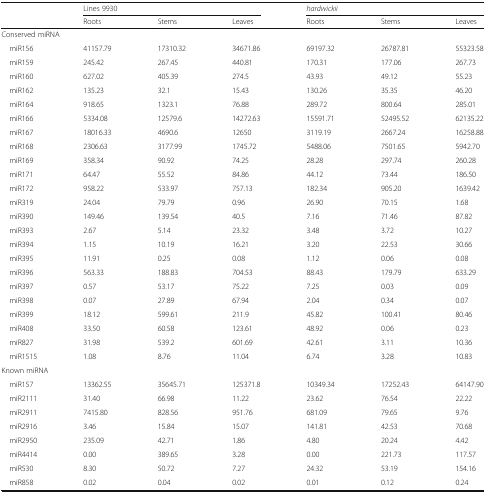
<table><thead><tr><td rowspan="2"></td><td colspan="3"><b>Lines 9930</b></td><td colspan="3"><b><i>hardwickii</i></b></td></tr><tr><td><b>Roots</b></td><td><b>Stems</b></td><td><b>Leaves</b></td><td><b>Roots</b></td><td><b>Stems</b></td><td><b>Leaves</b></td></tr></thead><tbody><tr><td colspan="7">Conserved miRNA</td></tr><tr><td> miR156</td><td>41157.79</td><td>17310.32</td><td>34671.86</td><td>69197.32</td><td>26787.81</td><td>55323.58</td></tr><tr><td> miR159</td><td>245.42</td><td>267.45</td><td>440.81</td><td>170.31</td><td>177.06</td><td>267.73</td></tr><tr><td> miR160</td><td>627.02</td><td>405.39</td><td>274.5</td><td>43.93</td><td>49.12</td><td>55.23</td></tr><tr><td> miR162</td><td>135.23</td><td>32.1</td><td>15.43</td><td>130.26</td><td>35.35</td><td>46.20</td></tr><tr><td> miR164</td><td>918.65</td><td>1323.1</td><td>76.88</td><td>289.72</td><td>800.64</td><td>285.01</td></tr><tr><td> miR166</td><td>5334.08</td><td>12579.6</td><td>14272.63</td><td>15591.71</td><td>52495.52</td><td>62135.22</td></tr><tr><td> miR167</td><td>18016.33</td><td>4690.6</td><td>12650</td><td>3119.19</td><td>2667.24</td><td>16258.88</td></tr><tr><td> miR168</td><td>2306.63</td><td>3177.99</td><td>1745.72</td><td>5488.06</td><td>7501.65</td><td>5942.70</td></tr><tr><td> miR169</td><td>358.34</td><td>90.92</td><td>74.25</td><td>28.28</td><td>297.74</td><td>260.28</td></tr><tr><td> miR171</td><td>64.47</td><td>55.52</td><td>84.86</td><td>44.12</td><td>73.44</td><td>186.50</td></tr><tr><td> miR172</td><td>958.22</td><td>533.97</td><td>757.13</td><td>182.34</td><td>905.20</td><td>1639.42</td></tr><tr><td> miR319</td><td>24.04</td><td>79.79</td><td>0.96</td><td>26.90</td><td>70.15</td><td>1.68</td></tr><tr><td> miR390</td><td>149.46</td><td>139.54</td><td>40.5</td><td>7.16</td><td>71.46</td><td>87.82</td></tr><tr><td> miR393</td><td>2.67</td><td>5.14</td><td>23.32</td><td>3.48</td><td>3.72</td><td>10.27</td></tr><tr><td> miR394</td><td>1.15</td><td>10.19</td><td>16.21</td><td>3.20</td><td>22.53</td><td>30.66</td></tr><tr><td> miR395</td><td>11.91</td><td>0.25</td><td>0.08</td><td>1.12</td><td>0.06</td><td>0.08</td></tr><tr><td> miR396</td><td>563.33</td><td>188.83</td><td>704.53</td><td>88.43</td><td>179.79</td><td>633.29</td></tr><tr><td> miR397</td><td>0.57</td><td>53.17</td><td>75.22</td><td>7.25</td><td>0.03</td><td>0.09</td></tr><tr><td> miR398</td><td>0.07</td><td>27.89</td><td>67.94</td><td>2.04</td><td>0.34</td><td>0.07</td></tr><tr><td> miR399</td><td>18.12</td><td>599.61</td><td>211.9</td><td>45.82</td><td>100.41</td><td>80.46</td></tr><tr><td> miR408</td><td>33.50</td><td>60.58</td><td>123.61</td><td>48.92</td><td>0.06</td><td>0.23</td></tr><tr><td> miR827</td><td>31.98</td><td>539.2</td><td>601.69</td><td>42.61</td><td>3.11</td><td>10.36</td></tr><tr><td> miR1515</td><td>1.08</td><td>8.76</td><td>11.04</td><td>6.74</td><td>3.28</td><td>10.83</td></tr><tr><td colspan="7">Known miRNA</td></tr><tr><td> miR157</td><td>13362.55</td><td>35645.71</td><td>125371.8</td><td>10349.34</td><td>17252.43</td><td>64147.90</td></tr><tr><td> miR2111</td><td>31.40</td><td>66.98</td><td>11.22</td><td>23.62</td><td>76.54</td><td>22.22</td></tr><tr><td> miR2911</td><td>7415.80</td><td>828.56</td><td>951.76</td><td>681.09</td><td>79.65</td><td>9.76</td></tr><tr><td> miR2916</td><td>3.46</td><td>15.84</td><td>15.07</td><td>141.81</td><td>42.53</td><td>70.68</td></tr><tr><td> miR2950</td><td>235.09</td><td>42.71</td><td>1.86</td><td>4.80</td><td>20.24</td><td>4.42</td></tr><tr><td> miR4414</td><td>0.00</td><td>389.65</td><td>3.28</td><td>0.00</td><td>221.73</td><td>117.57</td></tr><tr><td> miR530</td><td>8.30</td><td>50.72</td><td>7.27</td><td>24.32</td><td>53.19</td><td>154.16</td></tr><tr><td> miR858</td><td>0.02</td><td>0.04</td><td>0.02</td><td>0.01</td><td>0.12</td><td>0.24</td></tr></tbody></table>